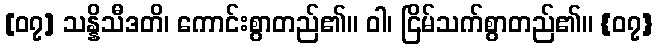
[၀၇] သန္နိသီဒတိ၊ ကောင်းစွာတည်၏။ ဝါ၊ ငြိမ်သက်စွာတည်၏။ {၀၇}